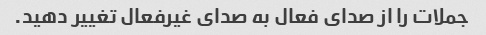
جملات را از صدای فعال به صدای غیرفعال تغییر دهید.